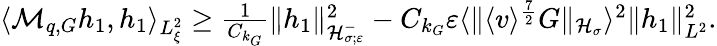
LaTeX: \begin{array}{r}{\langle\mathcal M_{q,G}h_{1},h_{1}\rangle_{L_{\xi}^{2}}\geq\frac{1}{C_{k_{G}}}\| h_{1}\| _{\mathcal H_{\sigma;\varepsilon}^{-}}^{2}-C_{k_{G}}\varepsilon\langle\| \langle v\rangle^{\frac{7}{2}}G\| _{\mathcal H_{\sigma}}\rangle^{2}\| h_{1}\| _{L^{2}}^{2}.}\end{array}